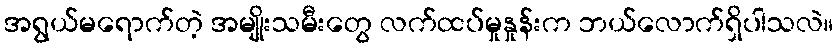
အရွယ်မရောက်တဲ့ အမျိုးသမီးတွေ လက်ထပ်မှုနှုန်းက ဘယ်လောက်ရှိပါသလဲ။